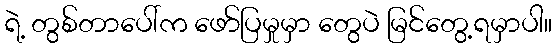
ရဲ့ တွစ်တာပေါ်က ဖော်ပြမှုမှာ တွေပဲ မြင်တွေ့ရမှာပါ။